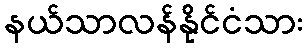
နယ်သာလန်နိုင်ငံသား